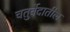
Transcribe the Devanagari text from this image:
चतुर्वेदातील